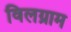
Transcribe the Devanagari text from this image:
विलग्राम